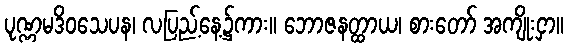
ပုဏ္ဏမဒိဝသေပန၊ လပြည့်နေ့၌ကား။ ဘောဇနတ္ထာယ၊ စားတော် အကျိုးငှာ။